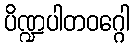
ပိဏ္ဍပါတဝဂ္ဂေါ